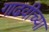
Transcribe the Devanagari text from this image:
गाढवीच्या